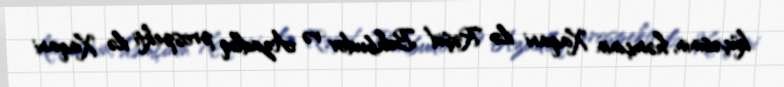
küçəsinin, həmçinin Xaqani ilə Rəşid Behbudov və Azadlıq prospekti ilə Xaqani